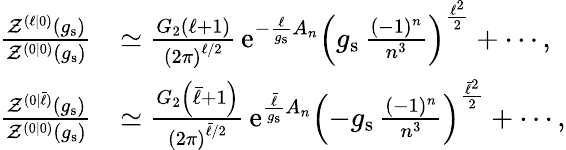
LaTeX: \begin{array}{rl}{\frac{\mathcal{Z}^{(\ell|0)}(g_{\mathrm{s}})}{\mathcal{Z}^{(0|0)}(g_{\mathrm{s}})}}&{\simeq\frac{G_{2}\left(\ell+1\right)}{\left(2\pi\right)^{\ell/2}}\, {\mathrm{e}}^{-\frac{\ell}{g_{\mathrm{s}}}A_{n}}\left(g_{\mathrm{s}}\, \frac{(-1)^{n}}{n^{3}}\right)^{\frac{\ell^{2}}{2}}+\cdots,}\\ {\frac{\mathcal{Z}^{(0|\bar{\ell})}(g_{\mathrm{s}})}{\mathcal{Z}^{(0|0)}(g_{\mathrm{s}})}}&{\simeq\frac{G_{2}\left(\bar{\ell}+1\right)}{\left(2\pi\right)^{\bar{\ell}/2}}\, {\mathrm{e}}^{\frac{\bar{\ell}}{g_{\mathrm{s}}}A_{n}}\left(-g_{\mathrm{s}}\, \frac{(-1)^{n}}{n^{3}}\right)^{\frac{\bar{\ell}^{2}}{2}}+\cdots,}\end{array}